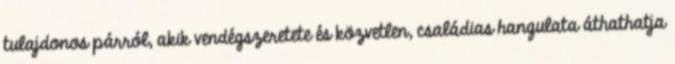
tulajdonos párról, akik vendégszeretete és közvetlen, családias hangulata áthathatja